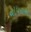
ચોપરાએ